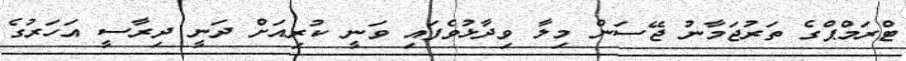
ޓްރަމްޕްގެ ތަރުޖަމާނު ޖޭސަން މިލާ ވިދާޅުވެފައި ވަނީ ކުރިއަށް ދަނީ ދިރާސީ އަހަރުގެ